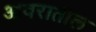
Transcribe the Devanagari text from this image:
आवरातील